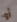
أو